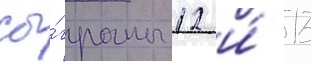
сы́граны 12 и́ 13